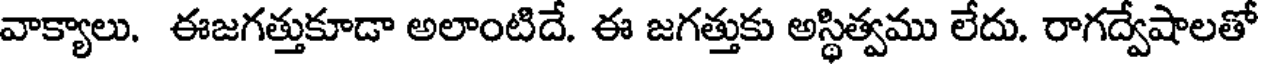
వాక్యాలు. ఈజగత్తుకూడా అలాంటిదే. ఈ జగత్తుకు అస్థిత్వము లేదు. రాగద్వేషాలతో